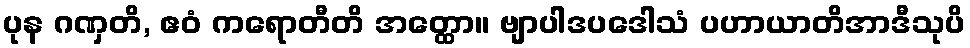
ပုန ဂဏှတိ, ဧဝံ ကရောတီတိ အတ္ထော။ ဗျာပါဒပဒေါသံ ပဟာယာတိအာဒီသုပိ